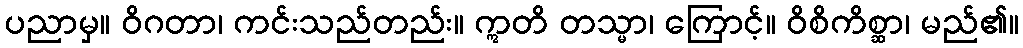
ပညာမှ။ ဝိဂတာ၊ ကင်းသည်တည်း။ ဣတိ တသ္မာ၊ ကြောင့်။ ဝိစိကိစ္ဆာ၊ မည်၏။